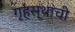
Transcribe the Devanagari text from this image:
गृहस्थांची